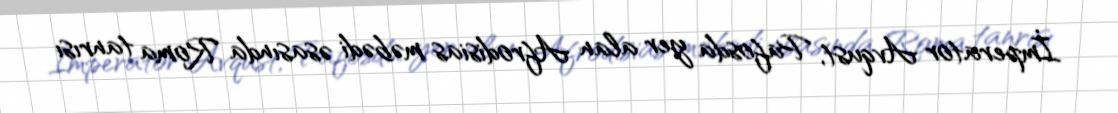
İmperator Avqust, Pafosda yer alan Afrodisias məbədi əsasında Roma tanrısı